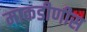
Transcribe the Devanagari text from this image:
माकडीणीस